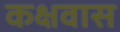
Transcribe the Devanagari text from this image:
कक्षवास